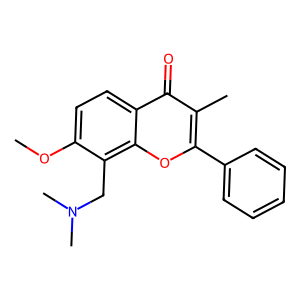
SMILES: COc1ccc2c(=O)c(C)c(-c3ccccc3)oc2c1CN(C)C
Inhibits HIV replication: No